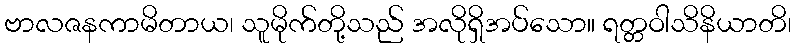
ဗာလဇနကာမိတာယ၊ သူမိုက်တို့သည် အလိုရှိအပ်သော။ ရတ္တဝါသိနိယာတိ၊